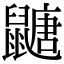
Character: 𪕹